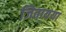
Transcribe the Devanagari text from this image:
जितायया